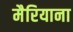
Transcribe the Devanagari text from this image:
मैरियाना